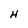
Character: H